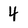
Character: 4